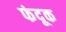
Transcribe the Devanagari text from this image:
फंदूक